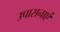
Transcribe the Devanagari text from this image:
उपासनाएं